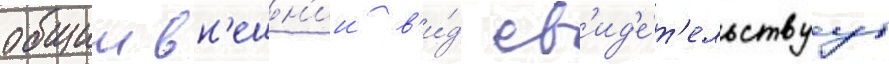
общии вн'ешн'ии в'и́д св'ид'е́т'ельствуут